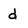
Character: d